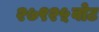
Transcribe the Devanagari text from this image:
२७९२५वोट